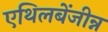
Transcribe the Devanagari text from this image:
एथिलबेंजीन्न